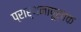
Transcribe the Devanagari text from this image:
प्रार्थनापूर्वक